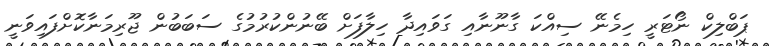
ޕަބްލިކް ނޯޓަރީ ހިމެނޭ ސިއްކަ ގާނޫނާއި ގަވައިދާ ހިލާފަށް ބޭނުންކުރުމުގެ ސަބަބުން ޖޫރިމަނާކޮށްފައިވަނީ